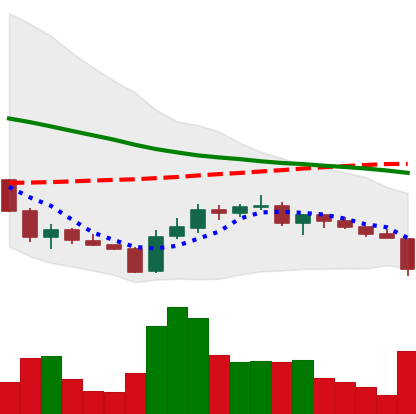
Ticker: ADA-USD
Chart end date: 2018-06-10
Forward return: -7.984%
Label: down_7plus